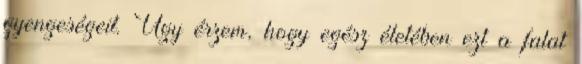
gyengeségeit. Úgy érzem, hogy egész életében ezt a falat